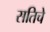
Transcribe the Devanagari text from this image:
सतिचे